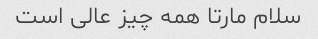
سلام مارتا همه چیز عالی است